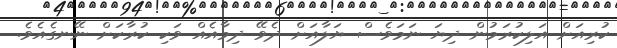
ކުރިއަށް އަލިކުރަމުން ދިޔަ ނަމަވެސް ޔަލާއަށް ދެވޭ ދިމާއެއް ވަކި ކުރާކަށް ނޭނގެއެވެ.